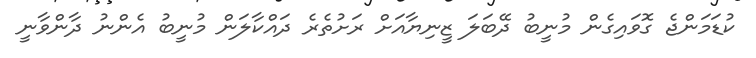
ކުޑަމަންޖެ ގޮވައިގެން މުނީބު ދޭބަލަ ޒީނިޔާއަށް ރަށުތެރެ ދައްކާލަން މުނީބު އެންނު ދާންވާނީ